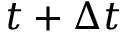
t + \Delta t